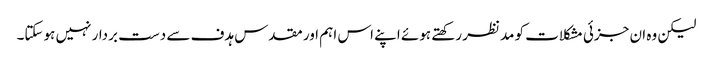
لیکن وہ ان جزئی مشکلات کو مدنظر رکھتے ہوئے اپنے اس اہم اور مقدس ہدف سے دست بردار نہیں ہوسکتا۔